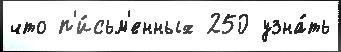
что п'и́сьм'енных 250 узна́ть